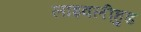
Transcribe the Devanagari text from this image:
लाइवलीहुड